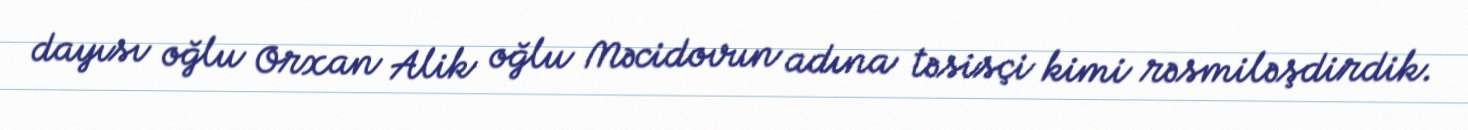
dayısı oğlu Orxan Alik oğlu Məcidovun adına təsisçi kimi rəsmiləşdirdik.